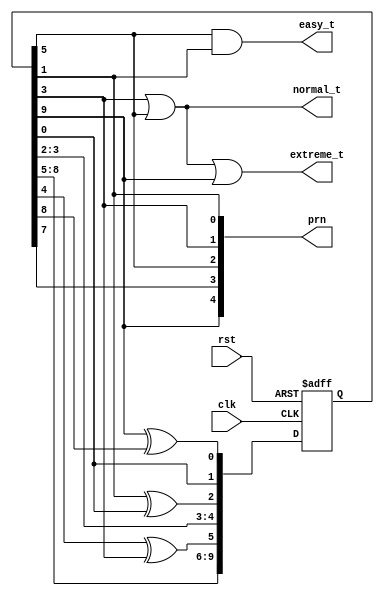
module LFSR_5bit(clk, prn, rst, easy_t, normal_t, extreme_t);
    input clk, rst;
    output [4:0] prn;
    output easy_t, normal_t, extreme_t;
 

    reg [9:0] D123456789; //NEVER 000000

    assign prn[0] = D123456789[1];
    assign prn[1] = D123456789[3];
    assign prn[2] = D123456789[5];
    assign prn[3] = D123456789[7];
    assign prn[4] = D123456789[9];

    assign easy_t = prn[2] & prn[0]; 
    assign normal_t = prn[1] | prn[2];
    assign extreme_t = prn[1] | prn[2] | prn[4];
    

    always @ (posedge rst or posedge clk)
    if (rst)
        begin
            D123456789 <= 10'b11_1111_1111;
        end
    else
        begin
            D123456789[1] <= D123456789[0];
            D123456789[2] <= D123456789[1] ^ D123456789[0];
            D123456789[3] <= D123456789[2];
            D123456789[4] <= D123456789[3];
            D123456789[5] <= D123456789[4] ^ D123456789[3];
            D123456789[6] <= D123456789[5];
            D123456789[7] <= D123456789[6];
            D123456789[8] <= D123456789[7];
            D123456789[9] <= D123456789[8];
            D123456789[0] <= D123456789[9]^ D123456789[8];
        end

  
endmodule